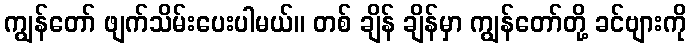
ကျွန်တော် ဖျက်သိမ်းပေးပါမယ်။ တစ် ချိန် ချိန်မှာ ကျွန်တော်တို့ ခင်ဗျားကို